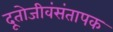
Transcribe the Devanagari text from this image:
दूतोजीवंसंतापक